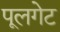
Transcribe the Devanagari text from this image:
पूलगेट